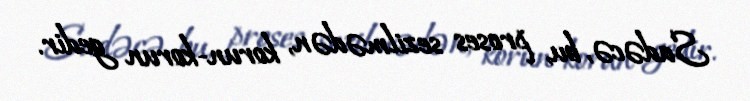
Sadəcə, bu, proses sezilmədən, korun-korun gedir.